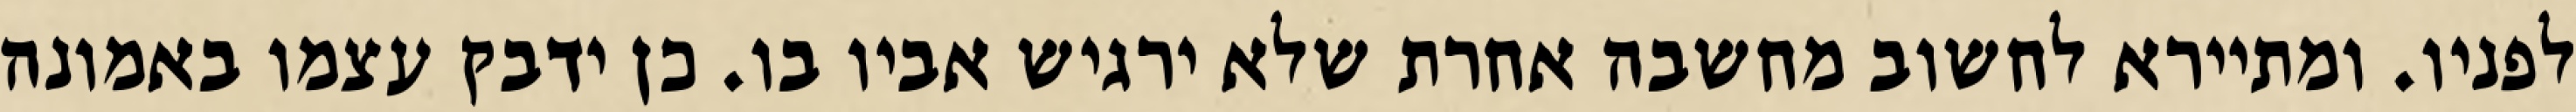
לפניו. ומתיירא לחשוב מחשבה אחרת שלא ירגיש אביו בו. כן ידבק עצמו באמונה